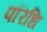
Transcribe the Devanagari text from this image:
परिधि